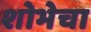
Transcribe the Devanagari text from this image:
शोभेचा